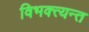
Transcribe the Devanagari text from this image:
विभक्त्यन्त